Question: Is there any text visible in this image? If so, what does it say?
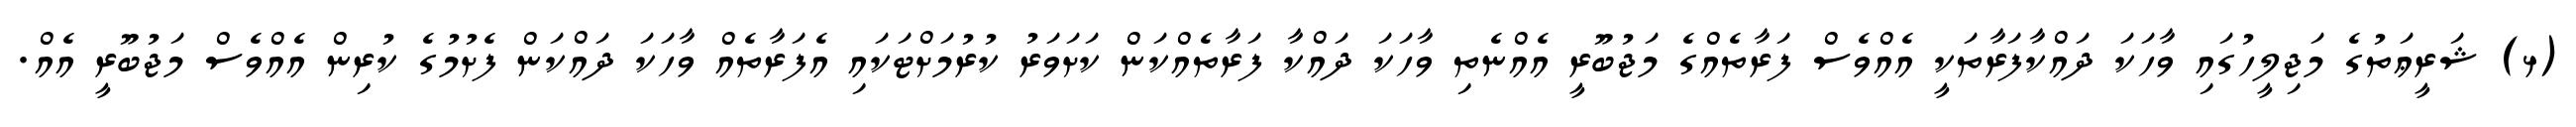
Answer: (ޅ) ޝަރީޢަތުގެ މަޖިލީހުގައި ވާހަކަ ދައްކާފަރާތަކީ އެއްވެސް ފަރާތެއްގެ މަޖުބޫރީ އެއްނެތި ވާހަކަ ދައްކާ ފަރާތެއްކަން ކަށަވަރު ކުރުމަށްޓަކައި އެފަރާތެއް ވާހަކަ ދައްކަން ފެށުމުގެ ކުރިން އެއްވެސް މަޖުބޫރީ އެއް.